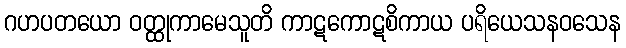
ဂဟပတယော ဝတ္ထုကာမေသူတိ ကာဋကောဋစိကာယ ပရိယေသနဝသေန